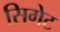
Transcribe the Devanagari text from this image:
सिगेट